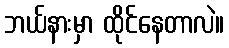
ဘယ်နားမှာ ထိုင်နေတာလဲ။